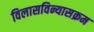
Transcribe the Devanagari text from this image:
विलासविन्यासक्रम